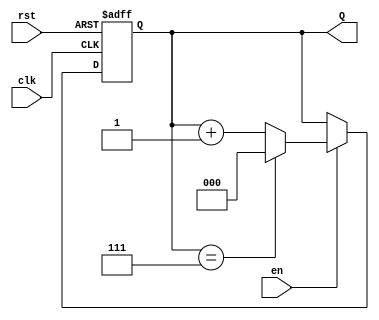
module UpCounter (
    input wire clk,      // Clock signal
    input wire en,       // Enable signal
    input wire rst,      // Optional reset signal
    output reg [2:0] Q   // 3-bit output Count (Max value of 7)
);

    // Define the maximum count value
    localparam MAX_COUNT = 3'b111; // Maximum value for a 3-bit counter (7)

    // Sequential logic for counting
    always @(posedge clk or posedge rst) begin
        if (rst) begin
            Q <= 3'b000; // Reset the count to zero
        end else if (en) begin
            // Increment the counter and wrap around if max value is reached
            if (Q == MAX_COUNT) begin
                Q <= 3'b000; // Wrap around to zero
            end else begin
                Q <= Q + 1; // Increment the counter
            end
        end
    end

endmodule